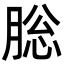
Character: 䐋